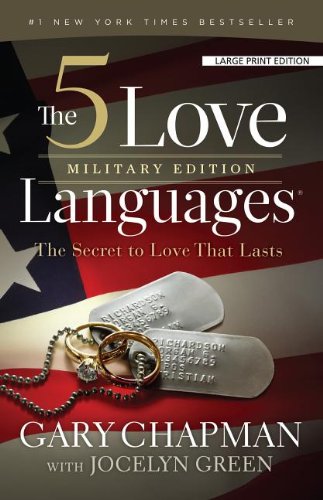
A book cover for The 5 Love Languages Military Edition: The Secret to Love That Lasts; Gary Chapman; Parenting & Relationships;